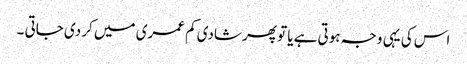
اس کی یہی وجہ ہوتی ہے یا تو پھر شادی کم عمری میں کر دی جاتی ۔